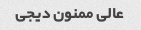
عالی ممنون دیجی